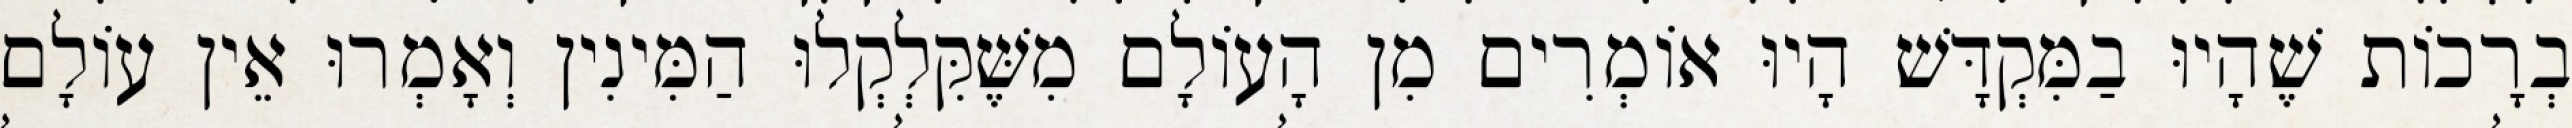
בְרָכוֹת שֶׁהָיוּ בַמִּקְדָּשׁ הָיוּ אוֹמְרִים מִן הָעוֹלָם מִשֶּׁקִּלְקְלוּ הַמִּינִין וְאָמְרוּ אֵין עוֹלָם